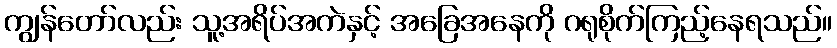
ကျွန်တော်လည်း သူ့အရိပ်အကဲနှင့် အခြေအနေကို ဂရုစိုက်ကြည့်နေရသည်။